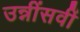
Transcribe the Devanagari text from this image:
उन्नींसवीं